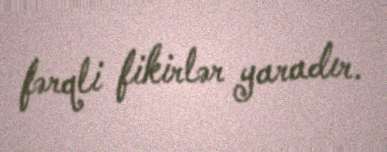
fərqli fikirlər yaradır.